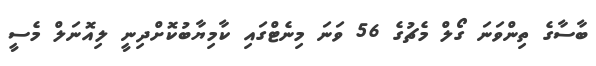
ބާސާގެ ތިންވަނަ ގޯލް މެޗުގެ 56 ވަނަ މިނެޓްގައި ކާމިޔާބުކޮށްދިނީ ލިއޮނަލް މެސީ